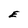
Character: E